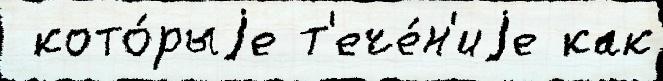
 кото́рыjе т'ече́н'иjе как